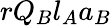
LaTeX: rQ_{B}l_{A}a_{B}